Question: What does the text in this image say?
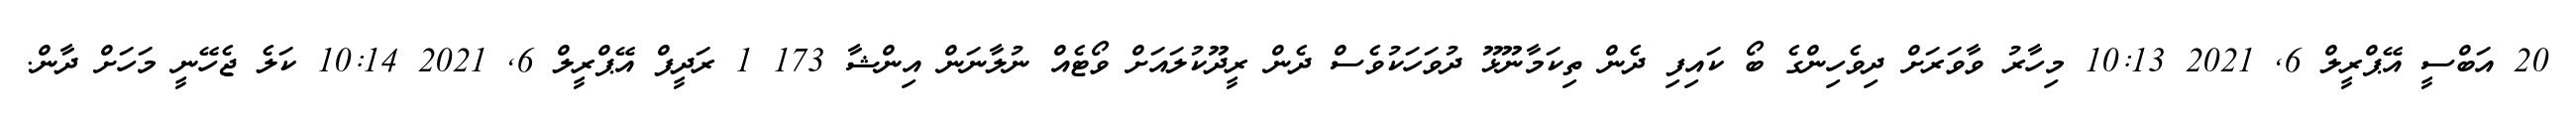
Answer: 20 އަބްސީ އޭޕްރީލް 6, 2021 10:13 މިހާރު ވާވަރަށް ދިވެހިންގެ ބޯ ކައިފި ދެން ތިކަމާނޫޅޫ ދުވަހަކުވެސް ދެން ރީދޫކުލައަށް ވޯޓެއް ނުލާނަން އިންޝާ 173 1 ރަދީފް އޭޕްރީލް 6, 2021 10:14 ކަލެ ޖެހޭނީ މަހަށް ދާން.